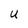
Character: u